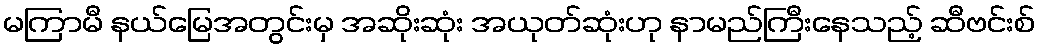
မကြာမီ နယ်မြေအတွင်းမှ အဆိုးဆုံး အယုတ်ဆုံးဟု နာမည်ကြီးနေသည့် ဆီဗင်းစ်